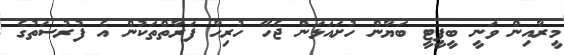
މީރާއިން ވަނީ ބީޕީޓީ ބަޔާން ހުށައަޅަން ޖެހޭ ހުރިހާ ފަރާތްތަކުން އެ ފުރުސަތުގެ